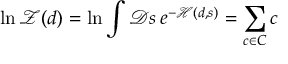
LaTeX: \ln { \mathcal { Z } } ( d ) = \ln \int { \mathcal { D } } s \, e ^ { - { \mathcal { H } } ( d , s ) } = \sum _ { c \in C } c